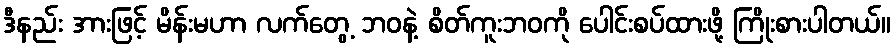
ဒီနည်း အားဖြင့် မိန်းမဟာ လက်တွေ့ ဘဝနဲ့ စိတ်ကူးဘဝကို ပေါင်းစပ်ထားဖို့ ကြိုးစားပါတယ်။